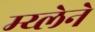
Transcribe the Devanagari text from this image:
म्य्लेने